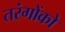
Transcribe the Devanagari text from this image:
तरंगोंको